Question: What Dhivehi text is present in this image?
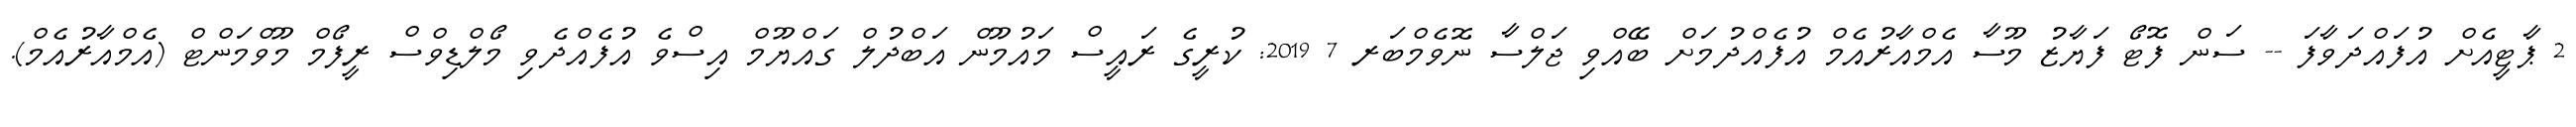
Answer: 2 ޕާޓީއެށް އުފައްދަވާފަ -- ސަން ފޮޓޯ ފަޔާޒު މޫސާ އެމްއާރުއެމް އުފެއްދުމަށް ބޭއްވި ޖަލްސާ ނޮވެމްބަރ 7 2019: ކުރީގެ ރައީސް މައުމޫން އަބްދުލް ގައްޔޫމް އިސްވެ އުފެއްދެވި މޯލްޑިވްސް ރީފޯމް މޫވްމަންޓް (އެމްއާރުއެމް).